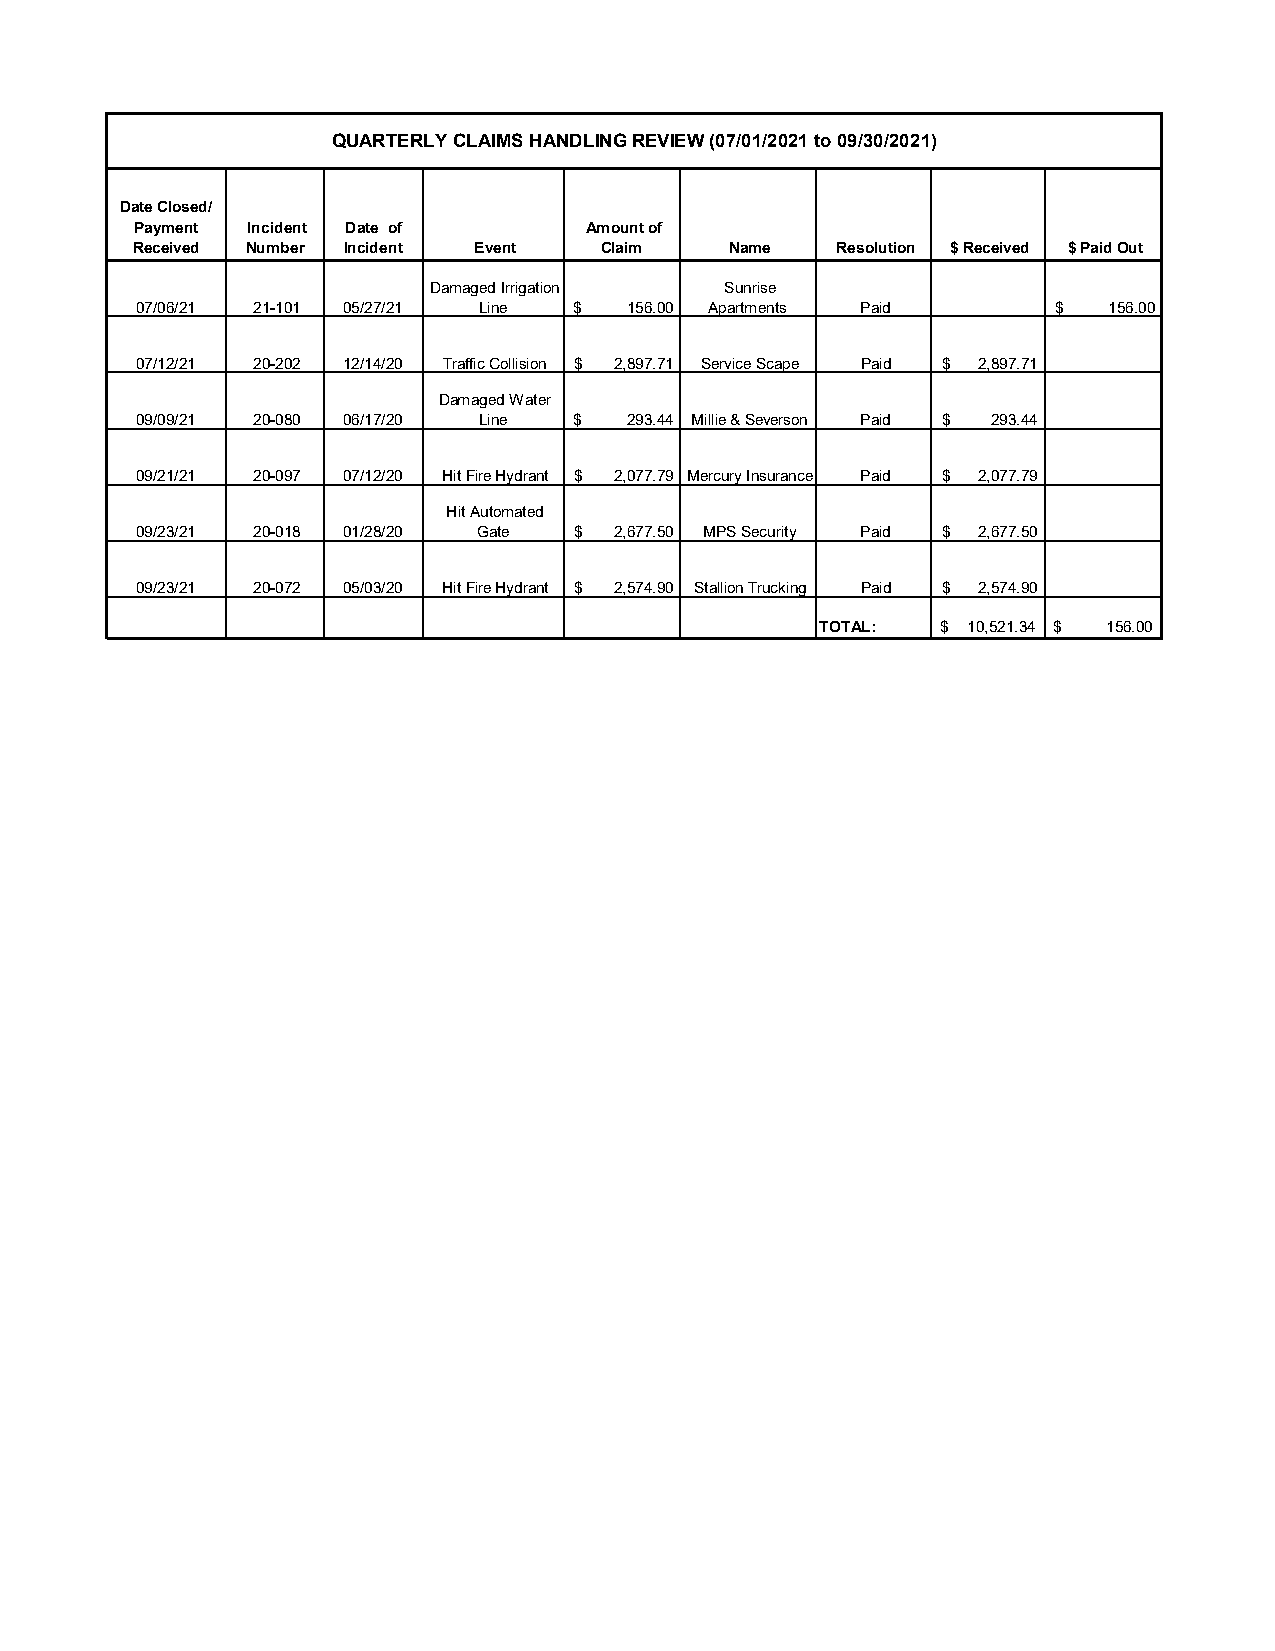
QUARTERLY CLAIMS HANDLING REVIEW (07/01/2021 to 09/30/2021)
 Date Closed/
 Payment Incident Date of      Amount of
 Received Number Incident Event Claim   Name   Resolution $ Received $ Paid Out
 Damaged Irrigation Sunrise
 07/06/21 21-101 05/27/21 Line $  156.00 Apartments Paid      $  156.00
 07/12/21 20-202 12/14/20 Traffic Collision $ 2,897.71 Service Scape Paid $ 2,897.71
 Damaged Water
 09/09/21 20-080 06/17/20 Line $  293.44 Millie & Severson Paid $ 293.44
 09/21/21 20-097 07/12/20 Hit Fire Hydrant $ 2,077.79 Mercury Insurance Paid $ 2,077.79
 Hit Automated
 09/23/21 20-018 01/28/20 Gate $ 2,677.50 MPS Security Paid $ 2,677.50
 09/23/21 20-072 05/03/20 Hit Fire Hydrant $ 2,574.90 Stallion Trucking Paid $ 2,574.90
 TOTAL:  $ 10,521.34 $ 1 56.00